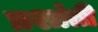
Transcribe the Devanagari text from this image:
प्रशांती